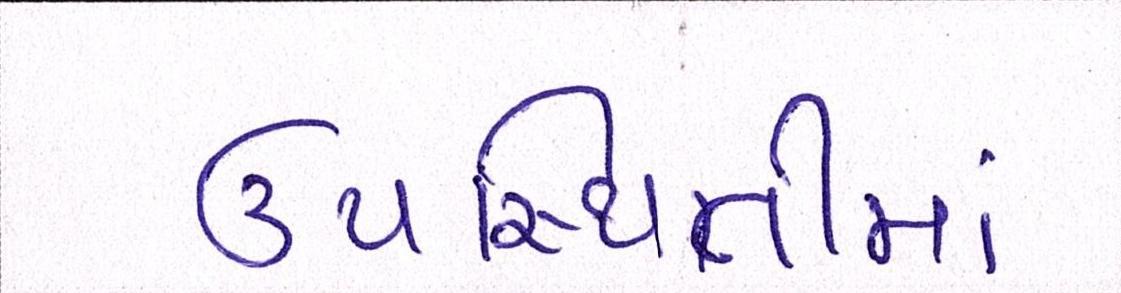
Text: ઉપસ્થિતીમાં